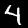
Label: 4